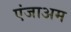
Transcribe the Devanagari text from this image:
एंजाअम